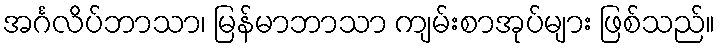
အင်္ဂလိပ်ဘာသာ၊ မြန်မာဘာသာ ကျမ်းစာအုပ်များ ဖြစ်သည်။